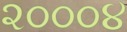
૨૦૦૦૪